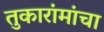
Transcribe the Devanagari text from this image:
तुकारांमांचा